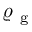
\varrho _ { \mathrm { ~ g ~ } }